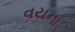
વયના